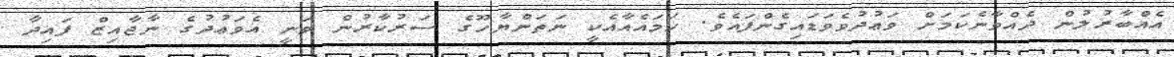
އެއްބާރުލުން ދެއްވާނެކަމަށް ވަޢުދުވެވަޑައިގެންފައެވެ. ހަމައެއާއެކީ ނަތަންޔާހޫގެ ސަރުކާރުން ވަނީ އެވަޢުދުގެ ނާޖާއިޒް ފައިދާ